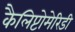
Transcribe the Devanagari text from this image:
कैलिप्टोमेरिडी